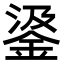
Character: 𨦮